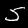
Digit: 5